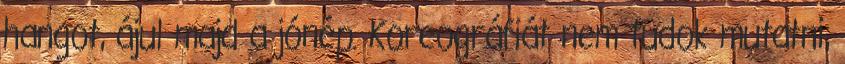
hangot, ájul majd a jónép. Koreográfiát nem tudok mutatni,